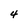
Character: 4